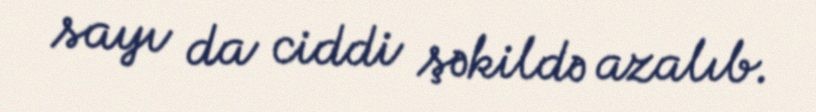
sayı da ciddi şəkildə azalıb.